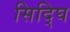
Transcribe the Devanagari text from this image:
सिद्घि